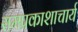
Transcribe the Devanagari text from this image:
रामप्रकाशाचार्य